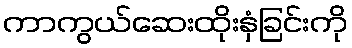
ကာကွယ်ဆေးထိုးနှံခြင်းကို